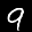
Label: 9